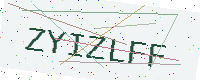
Text: ZYIZLFF